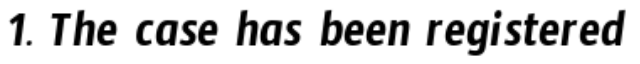
1. The case has been registered